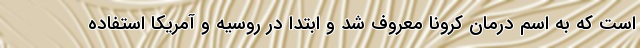
است که به اسم درمان کرونا معروف شد و ابتدا در روسیه و آمریکا استفاده